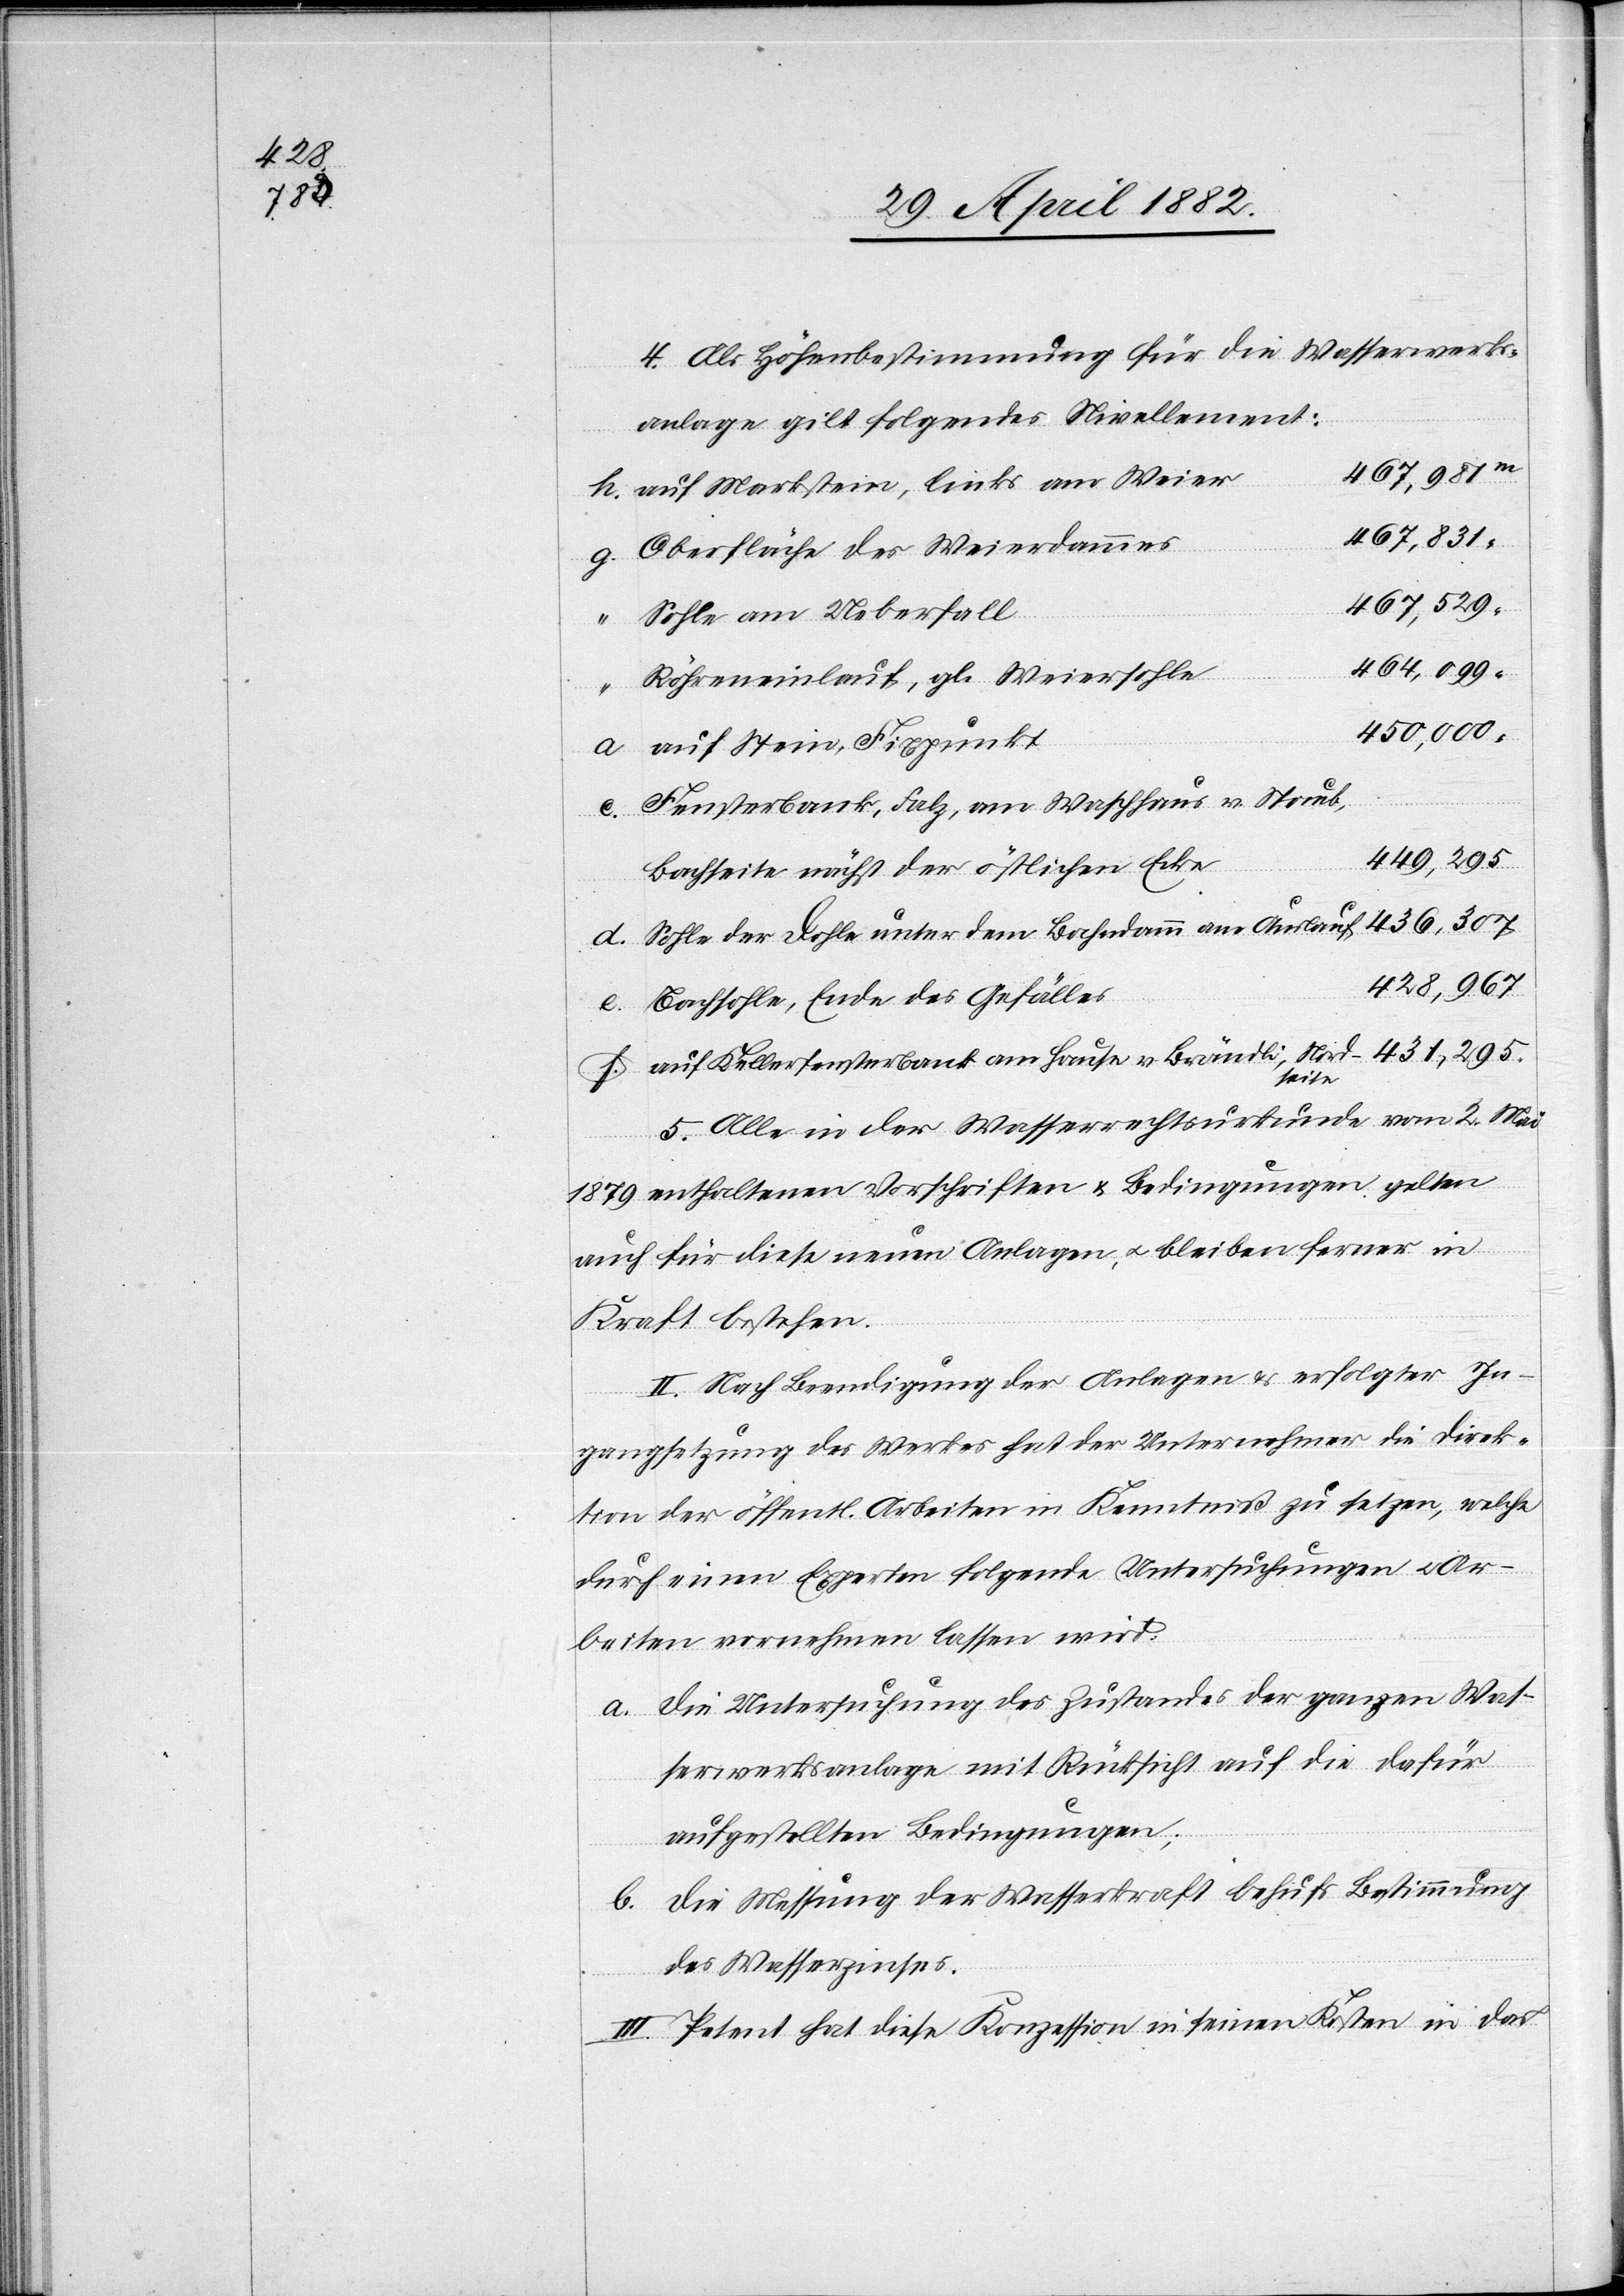
436,307

4. Als Höhenbestimmung für die Wasserwerks¬
anlage gilt folgendes Nivellement:
f.
467,981
auf Markstein, links am Weier
467,831
Oberfläche des Weierdammes
467,529
Sohle am Ueberfall
464,099
Röhreneinlauf, gl. Weiersohle
g.
450,000
auf Stein, Fixpunkt
Fensterbank, Falz, am Waschhaus v. Staub,
431,295
Bachseite nächst der östlichen Ecke
428,967
Bachsohle, Ende des Gefälles
auf Kellerfensterbank am Hause v. Brändli, Nordseite
hle unter
5. Alle in der Wasserrechtsurkunde vom 2. Mai
1879 enthaltenen Vorschriften & Bedingungen gelten
auch für diese neuen Anlagen, u. bleiben ferner in
Kraft bestehen.
II. Nach Beendigung der Anlagen & erfolgter In¬
gangsetzung des Werkes hat der Unternehmer die Direc¬
tion der öffentlichen Arbeiten in Kenntniß zu setzen, welche
durch einen Experten folgende Untersuchungen u. Ar¬
beiten vornehmen lassen wird:
a. Die Untersuchung des Zustandes der ganzen Was¬
serwerksanlage mit Rücksicht auf die dafür
aufgestellten Bedingungen;
b. Die Messung der Wasserkraft behufs Bestimmung
des Wasserzinses.
III. Petent hat diese Konzession in seinen Kosten in das